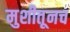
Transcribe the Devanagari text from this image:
मुशीतूनच